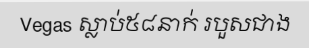
Vegas ស្លាប់៥៨នាក់ របួសជាង